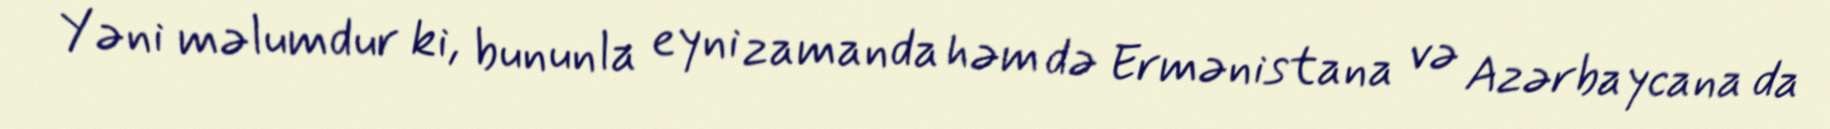
Yəni məlumdur ki, bununla eyni zamanda həm də Ermənistana və Azərbaycana da